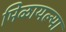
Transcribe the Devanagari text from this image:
मिळायल्या